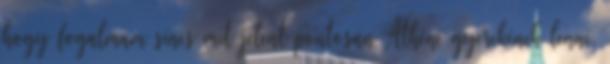
hogy fogalmam sincs mit jelent pontosan Athéné gyerekének lenni,